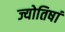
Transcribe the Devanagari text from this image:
ज्योतिषां